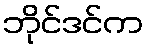
ဘိုင်ဒင်က